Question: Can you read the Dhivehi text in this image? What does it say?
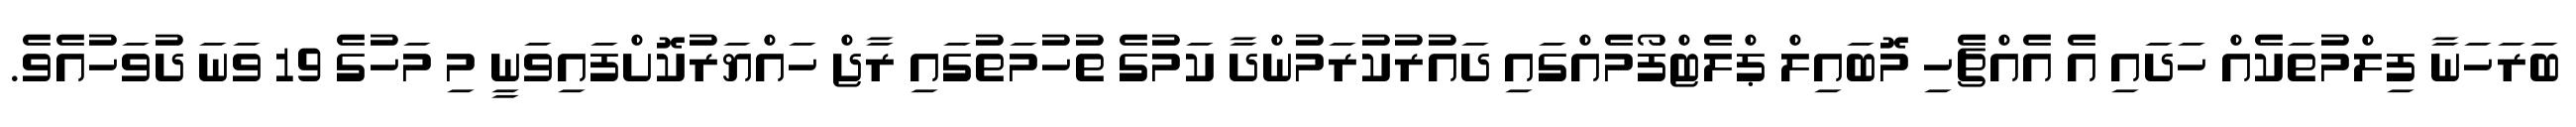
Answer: ބަރަހަނާ ފިލްމުތަކެއް ހަދައި އެ އެއްޗެހި މޮބައިލް ޕްލެޓްފޯމެއްގައި ދައުރުކުރަމުންދާ ކަމުގެ ތުހުމަތުގައި ރާޖް ހައްޔަރުކޮށްފައިވަނީ މި މަހުގެ 19 ވަނަ ދުވަހުއެވެ.